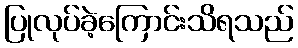
ပြုလုပ်ခဲ့ကြောင်းသိရသည်